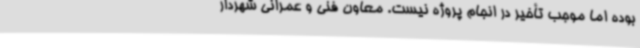
بوده اما موجب تأخیر در انجام پروژه نیست. معاون فنی و عمرانی شهردار